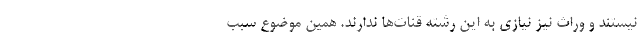
نیستند و وراث نیز نیازی به این رشته قنات‌ها ندارند. همین موضوع سبب